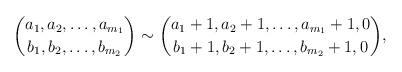
LaTeX: \begin{align*}\binom{a_1,a_2,\ldots,a_{m_1}}{b_1,b_2,\ldots,b_{m_2}}\sim\binom{a_1+1,a_2+1,\ldots,a_{m_1}+1,0}{b_1+1,b_2+1,\ldots,b_{m_2}+1,0},\end{align*}